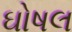
ઘોષલ